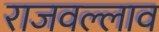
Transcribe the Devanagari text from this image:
राजवल्लाव